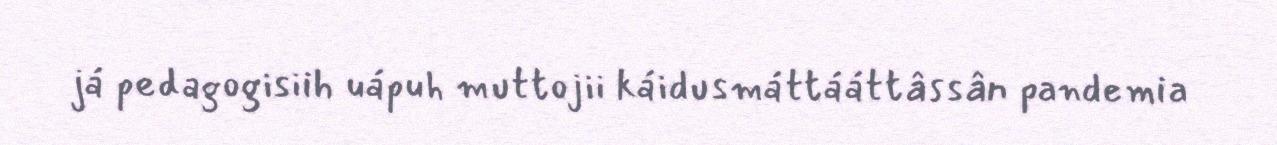
já pedagogisiih uápuh muttojii káidusmáttááttâssân pandemia